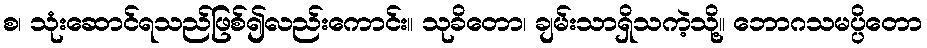
စ၊ သုံးဆောင်ရသည်ဖြစ်၍လည်းကောင်း။ သုခိတော၊ ချမ်းသာရှိသကဲ့သို့။ ဘောဂသမပ္ပိတော